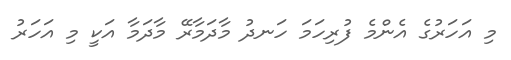
މި އަހަރުގެ އެންމެ ފުރިހަމަ ހަނދު މާދަމާރޭ މާދަމާ އަކީ މި އަހަރު